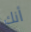
أنك